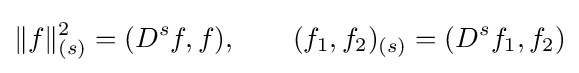
\|f\|_{(s)}^{2}=(D^{s}f,f),\qquad (f_{1},f_{2})_{(s)}=(D^{s}f_{1},f_{2})